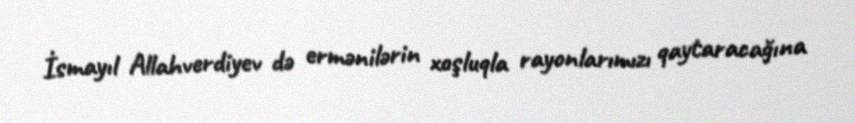
İsmayıl Allahverdiyev də ermənilərin xoşluqla rayonlarımızı qaytaracağına